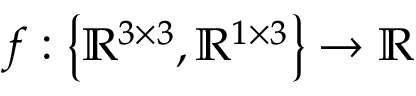
f : \left\{ \mathbb { R } ^ { 3 \times 3 } , \mathbb { R } ^ { 1 \times 3 } \right\} \rightarrow \mathbb { R }